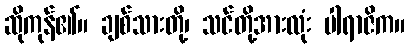
ဆိုကုန်၏။ ချစ်သားတို့၊ သင်တို့အားလုံး ပါရာဇိက။